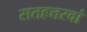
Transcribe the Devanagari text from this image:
सतहत्तरवां